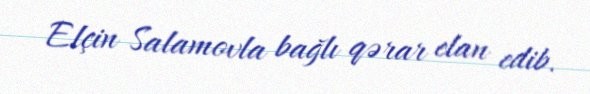
Elçin Salamovla bağlı qərar elan edib.